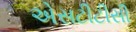
એસટીટીસી